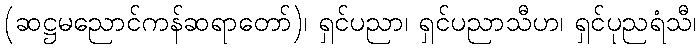
(ဆဋ္ဌမညောင်ကန်ဆရာတော်)၊ ရှင်ပညာ၊ ရှင်ပညာသီဟ၊ ရှင်ပုညရံသီ၊